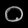
Digit: ၀